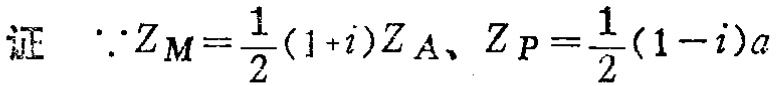
证 $\because Z_M=\frac{1}{2}(1 + i)Z_A、Z_P=\frac{1}{2}(1 - i)a$